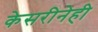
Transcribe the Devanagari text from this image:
केसरीनेही